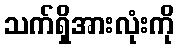
သက်ရှိအားလုံးကို